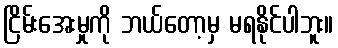
ငြိမ်းအေးမှုကို ဘယ်တော့မှ မရနိုင်ပါဘူး။